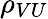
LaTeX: \rho_{VU}